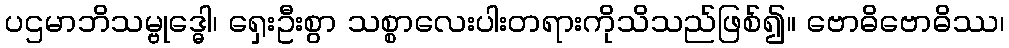
ပဌမာဘိသမ္ဗုဒ္ဓေါ၊ ရှေးဦးစွာ သစ္စာလေးပါးတရားကိုသိသည်ဖြစ်၍။ ဗောဓိဗောဓိဿ၊